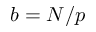
b = N / p